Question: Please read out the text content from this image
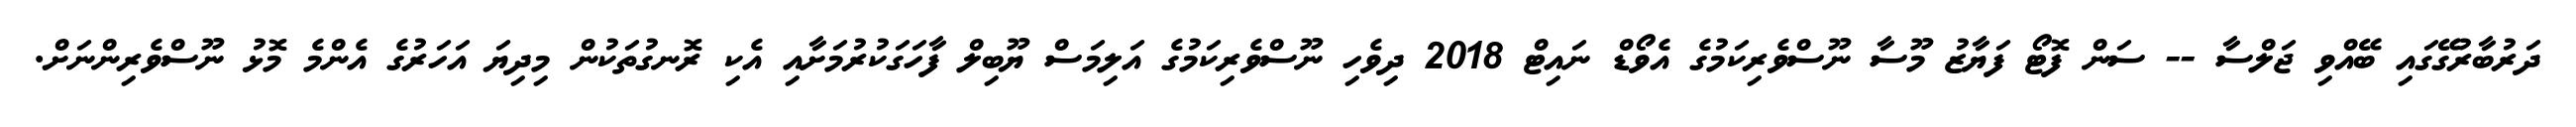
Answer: ދަރުބާރުގޭގައި ބޭއްވި ޖަލްސާ -- ސަން ފޮޓޯ ފަޔާޒު މޫސާ ނޫސްވެރިކަމުގެ އެވޯޑް ނައިޓް 2018 ދިވެހި ނޫސްވެރިކަމުގެ އަލިމަސް ޔޫބިލް ފާހަގަކުރުމަށާއި އެކި ރޮނގުތަކުން މިދިޔަ އަހަރުގެ އެންމެ މޮޅު ނޫސްވެރިންނަށް.